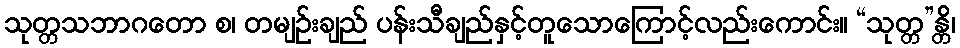
သုတ္တသဘာဂတော စ၊ တမျဉ်းချည် ပန်းသီချည်နှင့်တူသောကြောင့်လည်းကောင်း။ “သုတ္တ”န္တိ၊